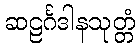
ဆဠင်္ဂဒါနသုတ္တံ